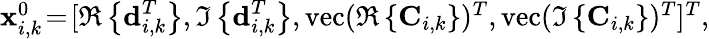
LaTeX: \begin{array}{r}{\textbf{x}_{i,k}^{0}\! =\! [\Re\left\{ \textbf{d}_{i,k}^{T}\right\} ,\Im\left\{ \textbf{d}_{i,k}^{T}\right\} ,\mathrm{vec}(\Re\left\{ \textbf{C}_{i,k}\right\} )^{T},\mathrm{vec}(\Im\left\{ \textbf{C}_{i,k}\right\} )^{T}]^{T},}\end{array}